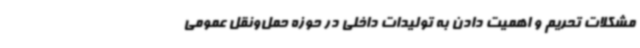
مشکلات تحریم و اهمیت دادن به تولیدات داخلی در حوزه حمل‌ونقل عمومی